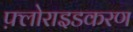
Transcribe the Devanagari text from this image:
फ़्लोराइडकरण